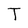
Character: T